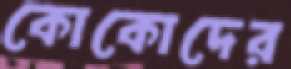
কোকোদের